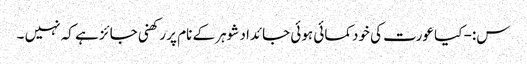
س:- کیا عورت کی خودکمائی ہوئی جائداد شوہر کے نام پر رکھنی جائز ہے کہ نہیں ۔